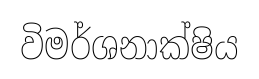
විමර්ශනාක්ෂිය